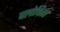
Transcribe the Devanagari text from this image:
बलोचिस्त